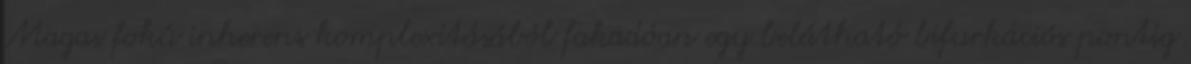
Magas fokú inherens komplexitásából fakadóan egy belátható bifurkációs pontig